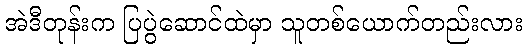
အဲဒီတုန်းက ပြပွဲဆောင်ထဲမှာ သူတစ်ယောက်တည်းလား